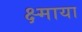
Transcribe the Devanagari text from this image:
क्ष्माया